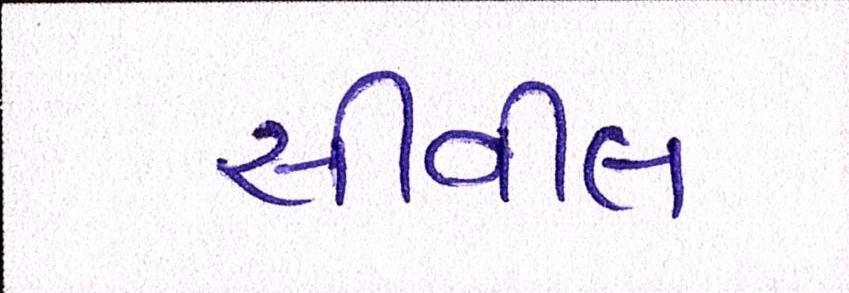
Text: સીવીલ